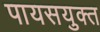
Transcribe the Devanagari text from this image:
पायसयुक्त